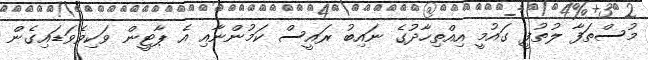
މުސްތަފާ ލުތުފީ ގައުމީ އިއްތިހާދުގެ ނައިބު ރައީސް ކަމުންނާއި އެ ޕާޓީން ވަކިވެވަޑައިގެން